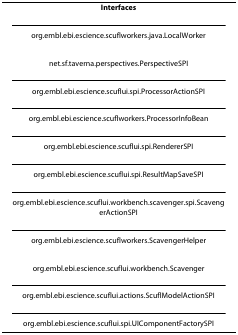
<table><thead><tr><td><b>Interfaces</b></td></tr></thead><tbody><tr><td>org.embl.ebi.escience.scuflworkers.java.LocalWorker</td></tr><tr><td>net.sf.taverna.perspectives.PerspectiveSPI</td></tr><tr><td>org.embl.ebi.escience.scuflui.spi.ProcessorActionSPI</td></tr><tr><td>org.embl.ebi.escience.scuflworkers.ProcessorInfoBean</td></tr><tr><td>org.embl.ebi.escience.scuflui.spi.RendererSPI</td></tr><tr><td>org.embl.ebi.escience.scuflui.spi.ResultMapSaveSPI</td></tr><tr><td>org.embl.ebi.escience.scuflui.workbench.scavenger.spi.ScavengerActionSPI</td></tr><tr><td>org.embl.ebi.escience.scuflworkers.ScavengerHelper</td></tr><tr><td>org.embl.ebi.escience.scuflui.workbench.Scavenger</td></tr><tr><td>org.embl.ebi.escience.scuflui.actions.ScuflModelActionSPI</td></tr><tr><td>org.embl.ebi.escience.scuflui.spi.UIComponentFactorySPI</td></tr></tbody></table>